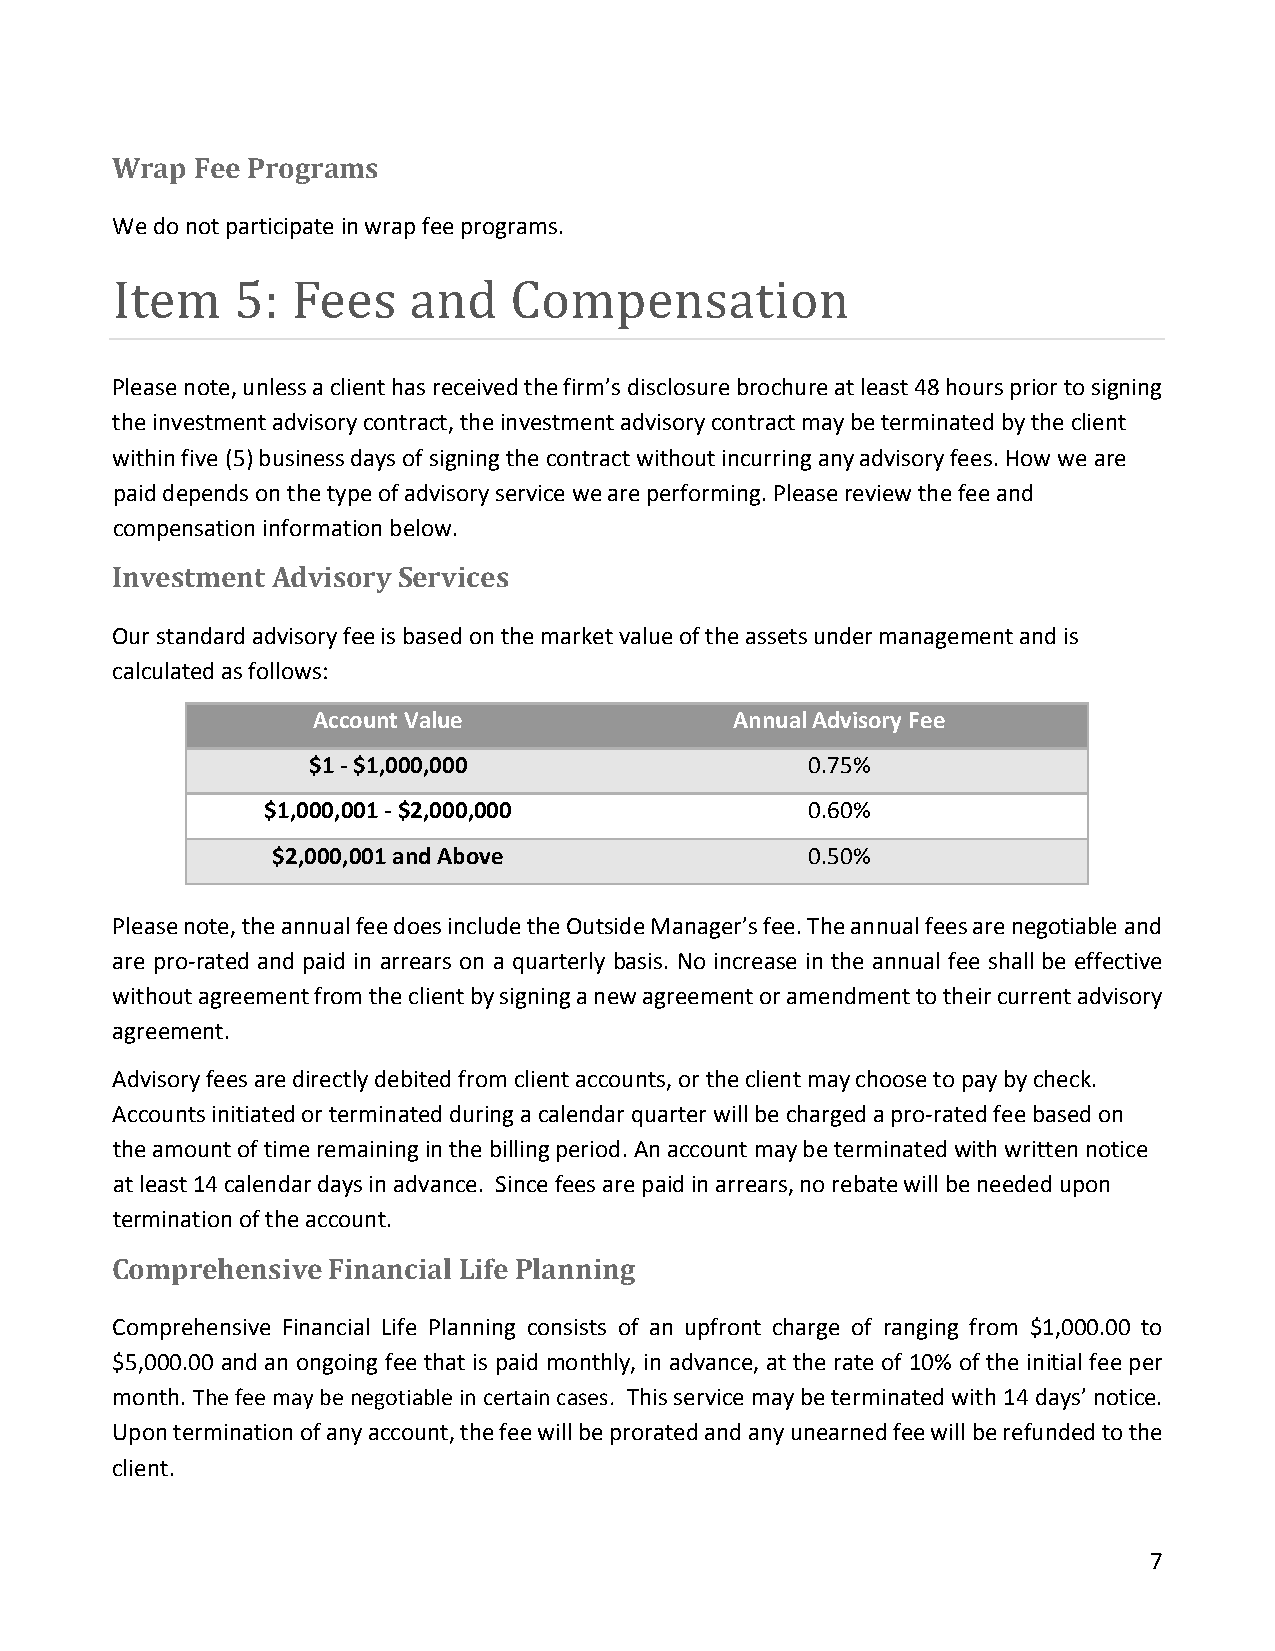
Wrap  Fee Programs
 We do not participate in wrap fee programs.
 Please note, unless a client has received the firm’s disclosure brochure at least 48 hours prior to signing
 Item    5:  Fees    and    Compensation
 the investment advisory contract, the investment advisory contract may be terminated by the client
 within five (5) business days of signing the contract without incurring any advisory fees. How we are
 paid depends on the type of advisory service we are performing. Please review the fee and
 compensation information below.
 Investment Advisory Services
 Our standard advisory fee is based on the market value of the assets under management and is
 calculated as follows:
 Account Value               Annual Advisory Fee
 $1 - $1,000,000                  0.75%
 $1,000,001 - $2,000,000             0.60%
 $2,000,001 and Above               0.50%
 Please note, the annual fee does include the Outside Manager’s fee. The annual fees are negotiable and
 are pro-rated and paid in arrears on a quarterly basis. No increase in the annual fee shall be effective
 without agreement from the client by signing a new agreement or amendment to their current advisory
 agreement.
 Advisory fees are directly debited from client accounts, or the client may choose to pay by check.
 Accounts initiated or terminated during a calendar quarter will be charged a pro-rated fee based on
 the amount of time remaining in the billing period. An account may be terminated with written notice
 at least 14 calendar days in advance. Since fees are paid in arrears, no rebate will be needed upon
 termination of the account.
 Comprehensive  Financial Life Planning
 Comprehensive Financial Life Planning consists of an upfront charge of ranging from $1,000.00 to
 $5,000.00 and an ongoing fee that is paid monthly, in advance, at the rate of 10% of the initial fee per
 month. The fee may be negotiable in certain cases. This service may be terminated with 14 days’ notice.
 Upon termination of any account, the fee will be prorated and any unearned fee will be refunded to the
 client.
 7